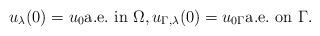
LaTeX: \begin{align*}u_\lambda (0)=u_0 \mbox{a.e.\ in } \Omega, u_{\Gamma, \lambda}(0) = u_{0\Gamma } \mbox{a.e.\ on } \Gamma.\end{align*}